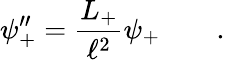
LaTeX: \psi_{+}^{\prime\prime}=\frac{L_{+}}{\ell^{2}}\psi_{+}\qquad.